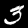
Digit: 3